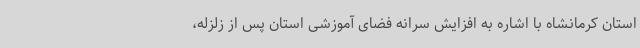
استان کرمانشاه با اشاره به افزایش سرانه فضای آموزشی استان پس از زلزله،